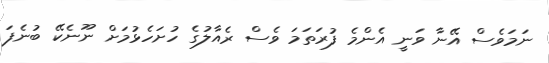
ނަމަވެސް އޭނާ ވަނީ އެންމެ ފުރަތަމަ ވެސް ރެއާލުގެ ހުށަހެޅުމަށް ނޫނެކޭ ބުނެފަ